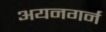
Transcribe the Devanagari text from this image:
अयनगर्न